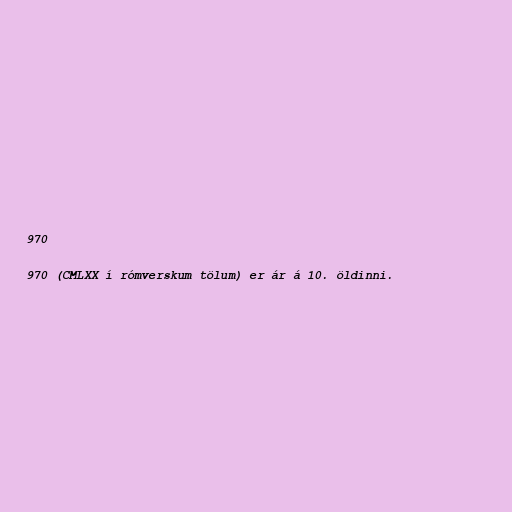
970

970 (CMLXX í rómverskum tölum) er ár á 10. öldinni.